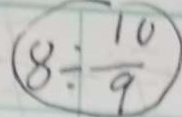
8 \div \frac { 1 0 } { 9 }